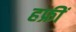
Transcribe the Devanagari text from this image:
हफ्रीं